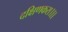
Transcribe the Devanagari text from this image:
दक्षिणकरा।।।